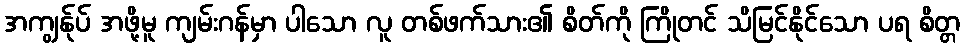
အကျွန်ုပ် အဖို့မူ ကျမ်းဂန်မှာ ပါသော လူ တစ်ဖက်သား၏ စိတ်ကို ကြိုတင် သိမြင်နိုင်သော ပရ စိတ္တ